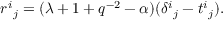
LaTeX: { r ^ { i } } _ { j } = ( \lambda + 1 + q ^ { - 2 } - \alpha ) ( { \delta ^ { i } } _ { j } - { t ^ { i } } _ { j } ) .